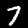
Digit: 7